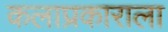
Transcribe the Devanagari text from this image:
कलाप्रकाराला